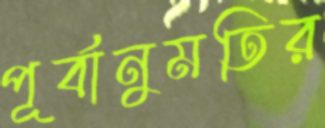
পূর্বানুমতির